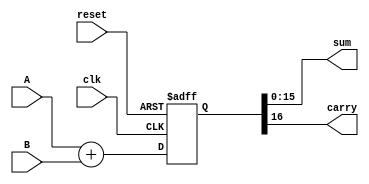
/*
    k bits adder
*/
module Adder #(
    parameter k = 16 // the width of input
)
(
    input clk, reset, // asynchronous hign active reset
    input [k - 1:0] A, B, // k-bit input
    output [k - 1:0] sum, // k+1 bit sum
    output carry // carry out
);
    reg [k:0] out_reg;
    always @(posedge clk, posedge reset)
    begin
        if(reset) out_reg <= 0;
        else out_reg <= A + B;
    end

    assign {carry, sum} = out_reg;
endmodule